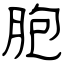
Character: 胞